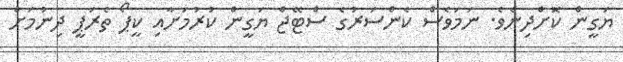
ޔަގީން ކޮށްދިނެވެ. ނަމަވެސް ކެންސަރުގެ ސްޓޭޖް ޔަގީން ކުރުމަށާއި ކީޕޯ ތެރަޕީ ދިނުމަށް